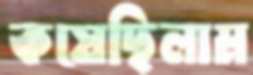
কষেছিলাম